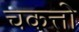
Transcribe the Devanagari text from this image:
चकत्तो